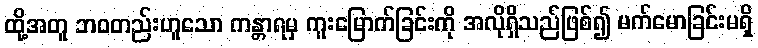
ထို့အတူ ဘဝတည်းဟူသော ကန္တာရမှ ကူးမြောက်ခြင်းကို အလိုရှိသည်ဖြစ်၍ မက်မောခြင်းမရှိ